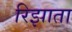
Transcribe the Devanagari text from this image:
रिझाता